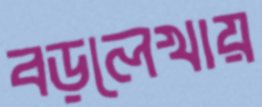
বড়লেখায়